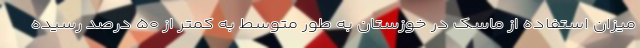
میزان استفاده از ماسک در خوزستان به طور متوسط به کمتر از ۵۰ درصد رسیده